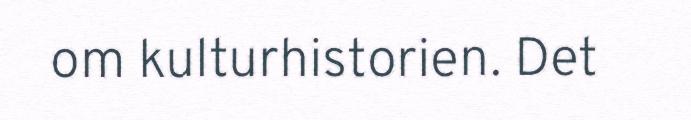
om kulturhistorien. Det